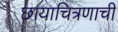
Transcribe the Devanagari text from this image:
छायाचित्रणाची